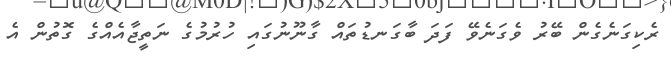
ރެކިގަނެގެން ބޭރު ވެގަނެވޭ ފަދަ ބާގަނޑުތައް ގާނޫނުގައި ހުރުމުގެ ނަތީޖާއެއްގެ ގޮތުން އެ